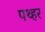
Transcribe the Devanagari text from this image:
पथ्हर